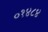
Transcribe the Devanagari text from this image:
०१४८४